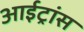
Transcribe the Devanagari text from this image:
आईट्रांस